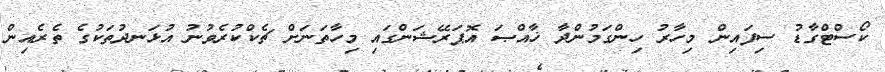
ކޯސްޓްގާޑު ސިފައިން މިހާރު ހިންގަމުންދާ ޚާއްޞަ އޮޕަރޭޝަންގައި މިހާތަނަށް ޗެކްކުރެވުނު އުޅަނދުތަކުގެ ތެރެއިން